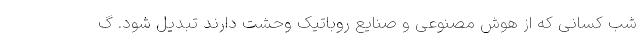
شب کسانی که از هوش مصنوعی و صنایع روباتیک وحشت دارند تبدیل شود. گ